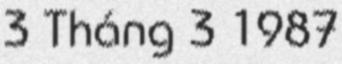
3 Tháng 3 1987